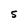
Character: 5